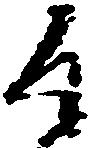
候